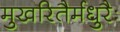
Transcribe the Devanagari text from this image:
मुखरितैर्मधुरैः